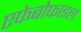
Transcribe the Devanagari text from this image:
एफेबोफाइल